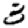
Digit: 3